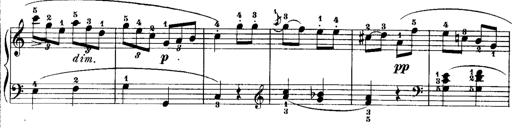
Title: Rondos and Sonatinas for Pianoforte
Composer: Daniel Steibelt